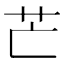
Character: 芒